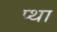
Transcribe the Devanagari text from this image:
प्था